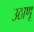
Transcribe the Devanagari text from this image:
उठाणू